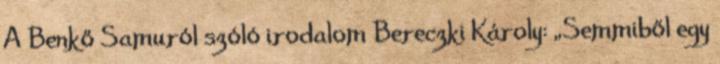
A Benkő Samuról szóló irodalom Bereczki Károly: „Semmiből egy